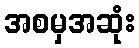
အစမှအဆုံး